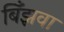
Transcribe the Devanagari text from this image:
बिँझवा